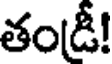
తండ్రీ!